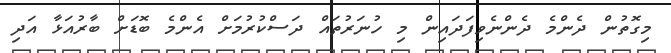
މިގޮތުން ދެންމެ ދެންނެވިފަދައިން މި ހުނަރުތައް ދަސްކުރުމަށް އެންމެ ބޮޑަށް ބާރުއަޅާ އަދި